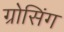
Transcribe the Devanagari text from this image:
ग्रोसिंग